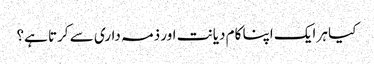
کیا ہر ایک اپنا کام دیانت اور ذمہ داری سے کرتا ہے؟